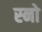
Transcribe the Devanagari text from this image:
स्‍नो